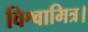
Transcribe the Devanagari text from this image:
विश्वामित्र।